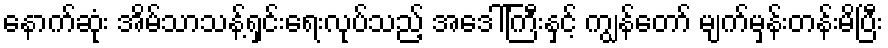
နောက်ဆုံး အိမ်သာသန့်ရှင်းရေးလုပ်သည့် အဒေါ်ကြီးနှင့် ကျွန်တော် မျက်မှန်းတန်းမိပြီး